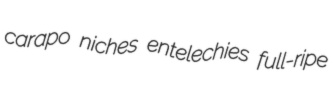
carapo niches entelechies full-ripe